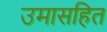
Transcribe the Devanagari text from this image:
उमासहित